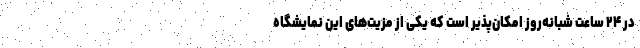
در ۲۴ ساعت شبانه‌روز امکان‌پذیر است که یکی از مزیت‌های این نمایشگاه